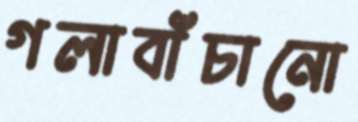
গলাবাঁচানো